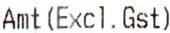
AMT (EXCL. GST)